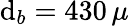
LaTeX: \mathrm{d}_{b}=430\, \mu